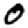
Digit: 0